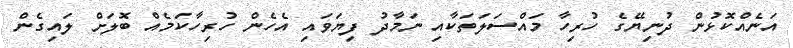
އަނެއްކޮޅުން ދުނިޔޭގެ ހުރިހާ މައްސަލަތަކާއި ނަމާދު ފިޔަވައި އެހެން ހުރިހާކަމެއް ބޮލަށް ލައިގެން